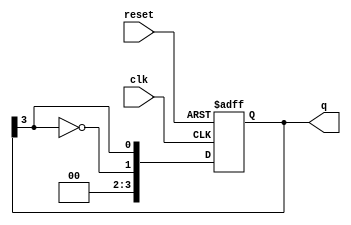
module johnson_counter (
    input wire clk,            // Clock input
    input wire reset,          // Asynchronous reset
    output reg [n-1:0] q       // Counter output
);
    parameter n = 4;           // Number of flip-flops, adjust as desired

    // Sequential logic: on clock edge or reset
    always @(posedge clk or posedge reset) begin
        if (reset) begin
            q <= 0;            // Asynchronous reset
        end else begin
            // Johnson counter logic
            q <= {~q[n-1], q[n-1:n-1]}; // Shift and feedback
        end
    end
endmodule